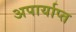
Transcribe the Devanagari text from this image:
अपार्याप्त